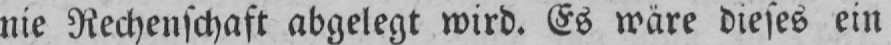
nie Rechenschaft abgelegt wird. Es wäre dieses ein